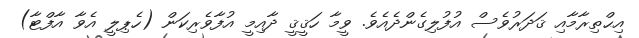
އިޙްތިރާމާއި ޤަދަރުވެސް އުފުލިގެންދެއެވެ. ވީމާ ހަޤީޤީ ދާއިމީ އުފާވެރިކަން (ހެޕިލީ އެވާ އާފްޓާ)